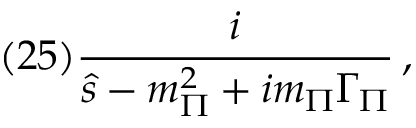
( 2 5 ) \frac { i } { \hat { s } - m _ { \Pi } ^ { 2 } + i m _ { \Pi } \Gamma _ { \Pi } } \, ,